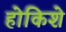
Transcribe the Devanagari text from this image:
होकिशे